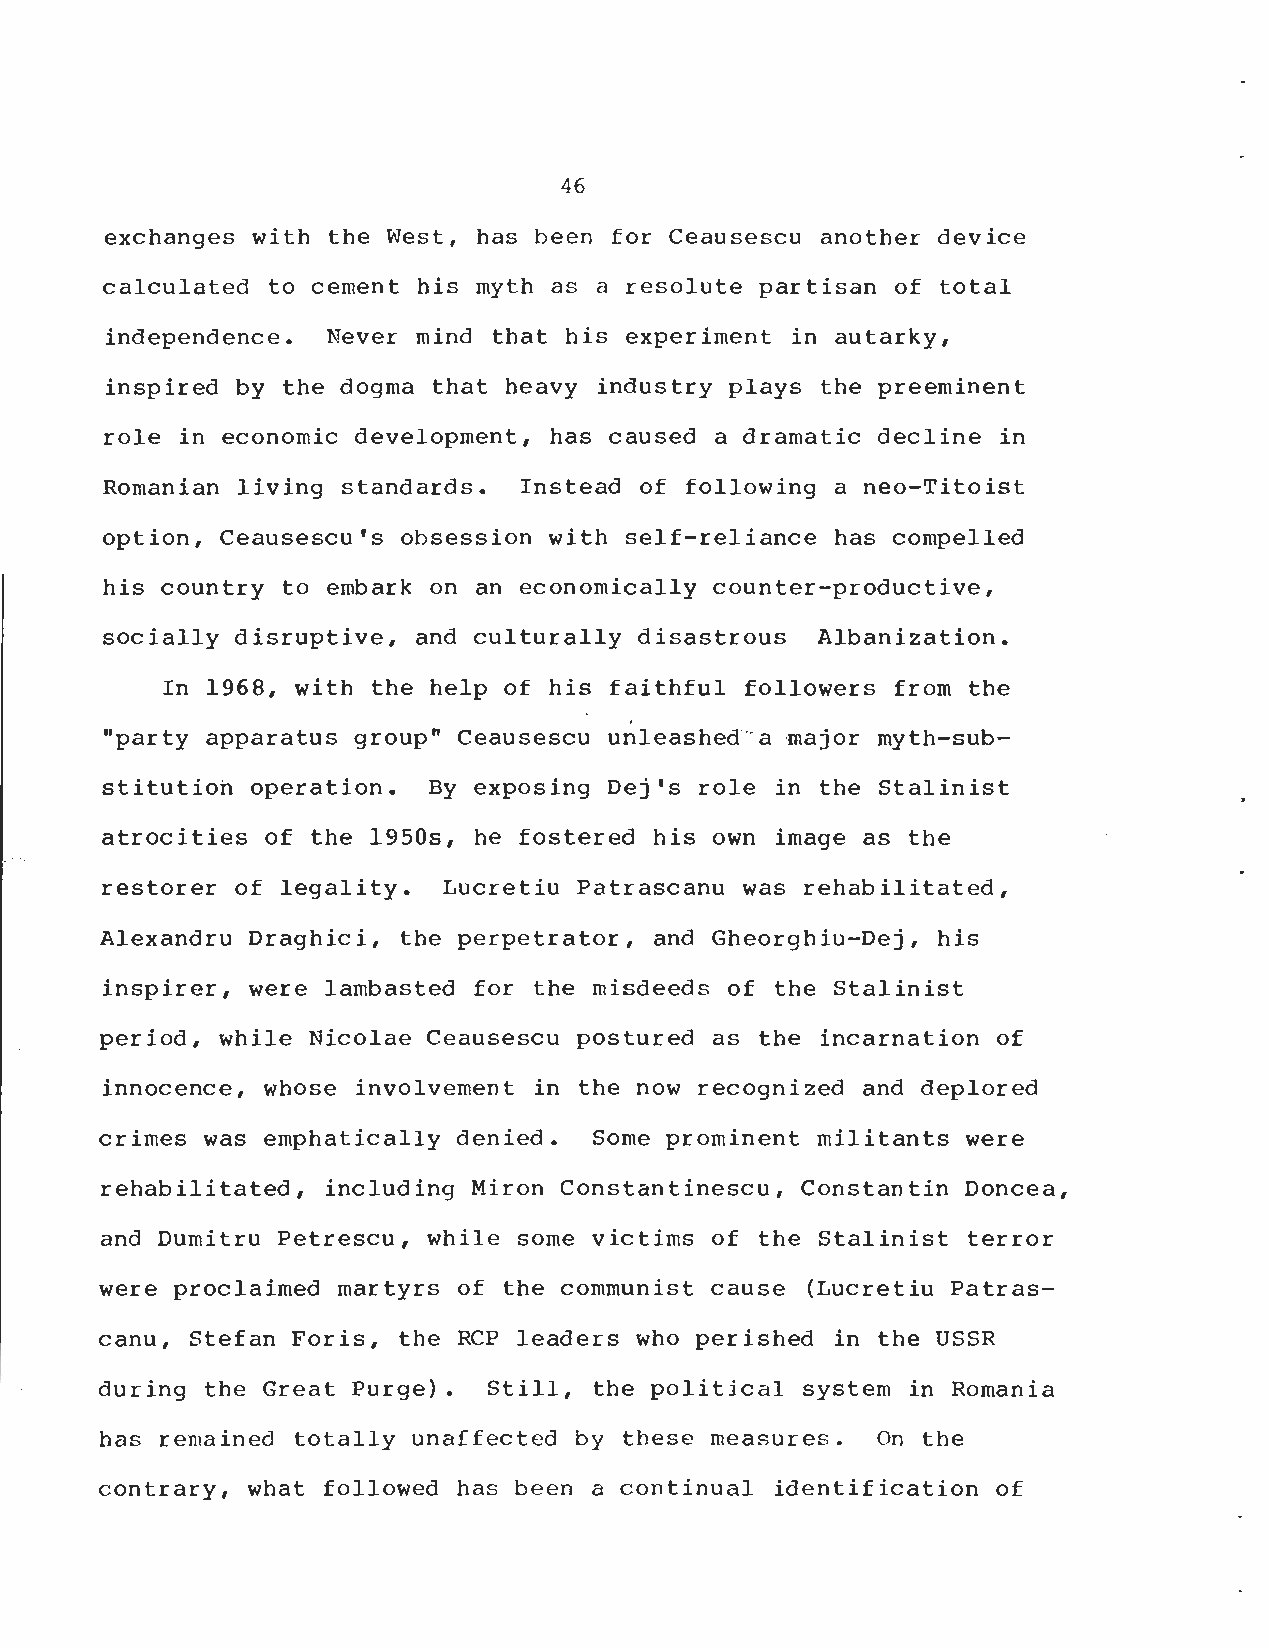
46
 exchanges with the West, has been for Ceausescu another devic e
 calculated to cement his myth as a resolute partisan of total
 independence . Never mind that his experiment in autarky ,
 inspired by the dogma that heavy industry plays the preeminen t
 role in economic development, has caused a dramatic decline in
 Romanian living standards . Instead of following a neo-Titoist
 option, Ceausescu's obsession with self-reliance has compelled
 his country to embark on an economically counter-productive ,
 socially disruptive, and culturally disastrous Albanization .
 In 1968, with the help of his faithful followers from th e
 "party apparatus group" Ceausescu unleashed a major myth-sub -
 stitution operation . By exposing Dej's role in the Stalinis t
 atrocities of the 1950s, he fostered his own image as the
 restorer of legality . Lucretiu Patrascanu was rehabilitated ,
 Alexandru Draghici, the perpetrator, and Gheorghiu-Dej, his
 inspirer, were lambasted for the misdeeds of the Stalinis t
 period, while Nicolae Ceausescu postured as the incarnation o f
 innocence, whose involvement in the now recognized and deplored
 crimes was emphatically denied . Some prominent militants wer e
 rehabilitated, including Miron Constantinescu, Constantin Doncea ,
 and Dumitru Petrescu, while some victims of the Stalinist terror
 were proclaimed martyrs of the communist cause (Lucretiu Patras-
 canu, Stefan Foris, the RCP leaders who perished in the USSR
 during the Great Purge) . Still, the political system in Romani a
 has remained totally unaffected by these measures . On the
 contrary, what followed has been a continual identification of